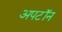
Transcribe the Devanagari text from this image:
अपटॉन